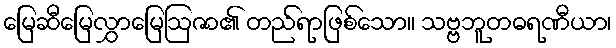
မြေဆီမြေလွှာမြေဩဇာ၏ တည်ရာဖြစ်သော။ သဗ္ဗဘူတဓရဏီယာ၊